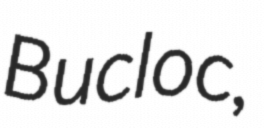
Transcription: Bucloc,